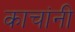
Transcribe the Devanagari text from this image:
काचांनी